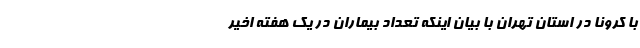
با کرونا در استان تهران با بیان اینکه تعداد بیماران در یک هفته اخیر